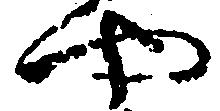
や